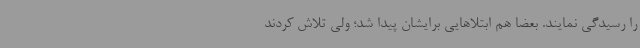
را رسیدگی نمایند. بعضا هم ابتلاهایی برایشان پیدا شد؛ ولی تلاش کردند